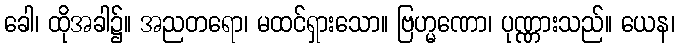
ခေါ၊ ထိုအခါ၌။ အညတရော၊ မထင်ရှားသော။ ဗြဟ္မဏော၊ ပုဏ္ဏားသည်။ ယေန၊